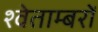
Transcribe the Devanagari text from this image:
श्वेताम्बरों